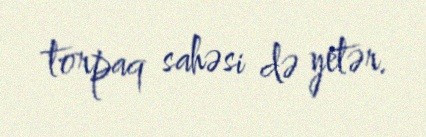
torpaq sahəsi də yetər.